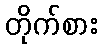
တိုက်စား